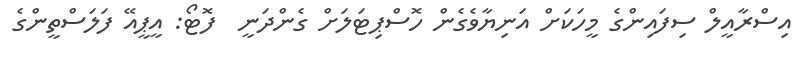
އިސްރާއީލް ސިފައިންގެ މީހަކަށް އަނިޔާވެގެން ހޮސްޕިޓަލަށް ގެންދަނީ  ފޮޓޯ: އީޕީއޭ ފަލަސްތީންގެ